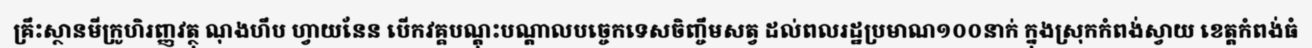
គ្រឹះស្ថានមីក្រូហិរញ្ញវត្ថុ ណុងហឹប ហ្វាយនែន បើកវគ្គបណ្តុះបណ្តាលបច្ចេកទេសចិញ្ចឹមសត្វ ដល់ពលរដ្ឋប្រមាណ១០០នាក់ ក្នុងស្រុកកំពង់ស្វាយ ខេត្តកំពង់ធំ